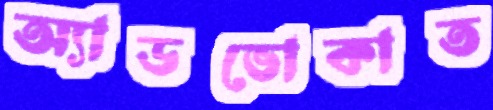
অ্যাডভোকাত